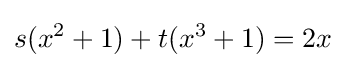
s(x^{2}+1)+t(x^{3}+1)=2x